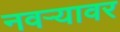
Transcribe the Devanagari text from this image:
नवऱ्यावर